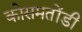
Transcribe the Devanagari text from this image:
कोसमतोंडी